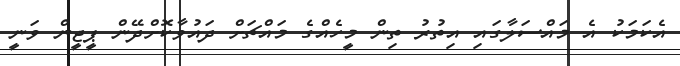
އެކަމަކު އެ މައްސަލާގައި އިތުރު ތިން މީހެއްގެ މައްޗަށް ދައުވާކޮށްދޭން ޕީޖީން ވަނީ